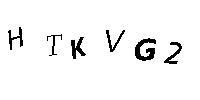
HTKVG2